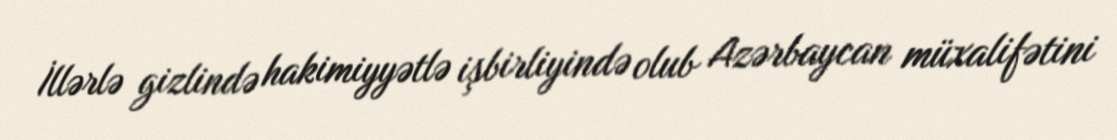
İllərlə gizlində hakimiyyətlə işbirliyində olub Azərbaycan müxalifətini